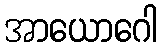
အာယောဂေါ